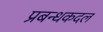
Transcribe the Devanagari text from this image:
प्रबन्धकदल